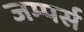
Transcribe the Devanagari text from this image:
जम्पर्स